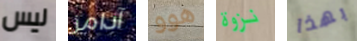
ليس آدامز هوو نزوة بهذا